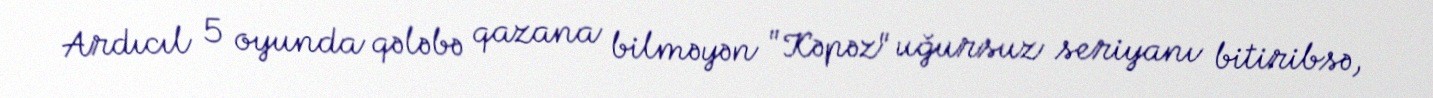
Ardıcıl 5 oyunda qələbə qazana bilməyən "Kəpəz" uğursuz seriyanı bitiribsə,